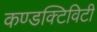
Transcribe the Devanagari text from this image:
कण्डक्टिविटी